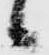
候